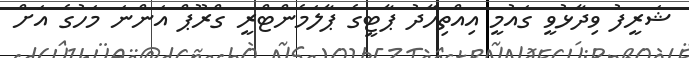
ޝަރީފު ވިދާޅުވީ ގައުމީ އިއްތިހާދު ޕާޓީގެ ޕާލަމެންޓްރީ ގްރޫޕް އަންނަ މަހުގެ އަށް